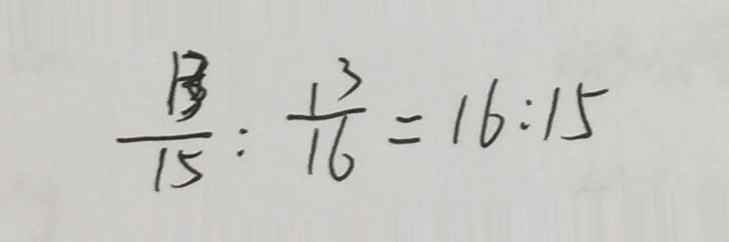
\frac { 1 3 } { 1 5 } : \frac { 1 3 } { 1 6 } = 1 6 : 1 5